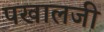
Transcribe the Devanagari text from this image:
पखालजी